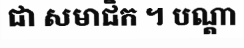
ជា សមាជិក ។ បណ្តា